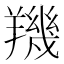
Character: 𦏑